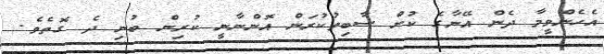
އެހެންވީމާ ދެން އޭނާގެ ކުށް ސާބިތުކުރަން އޮންނާނީ ކުރިން ބުނި ދެ ގޮތެވެ.